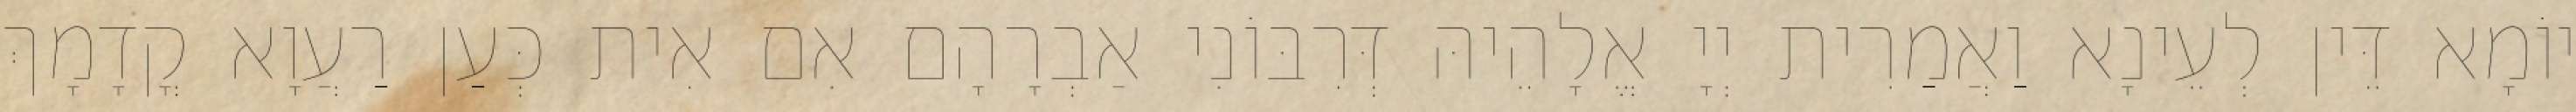
יוֹמָא דֵּין לְעֵינָא וַאֲמַרִית יְיָ אֱלָהֵיהּ דְּרִבּוֹנִי אַבְרָהָם אִם אִית כְּעַן רַעֲוָא קֳדָמָךְ